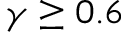
\gamma \ge 0 . 6